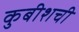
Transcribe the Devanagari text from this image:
कुबीशची